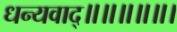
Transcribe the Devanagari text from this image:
धन्यवाद्॥॥॥॥॥।